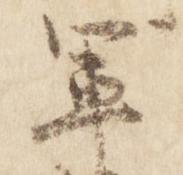
軍